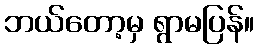
ဘယ်တော့မှ ရွာမပြန်။